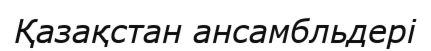
Қазақстан ансамбльдері